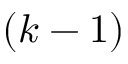
( k - 1 )